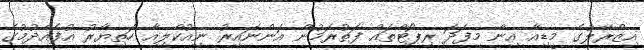
އިޒްރޭލުގެ މީޑިއާ އިން މިފަދަ ރިޕޯޓްތައް ފަތުރަމުން އަންނައިރު ނިއުކްލިއާ ހަތިޔާރު އުފެއްދުމުގެ